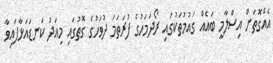
އެއްގޮތަށް އިސްލާމީ ބައެއް ގައުމުތަކުގައި ރޯދަމަހުގެ ފުރަތަމަ ދުވަހުގެ ގޮތުގައި މިއަދު ކަނޑައަޅާފައިވާ